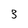
Character: 3